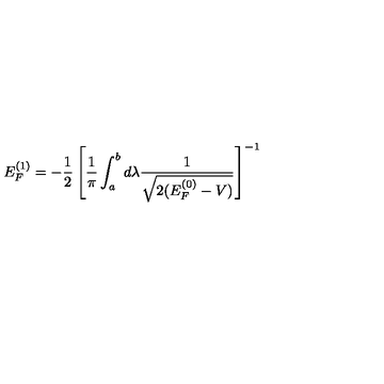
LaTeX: E _ { F } ^ { ( 1 ) } = - \frac { 1 } { 2 } \left[ \frac { 1 } { \pi } \int _ { a } ^ { b } d \lambda \frac { 1 } { \sqrt { 2 ( E _ { F } ^ { ( 0 ) } - V ) } } \right] ^ { - 1 }